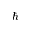
\hbar